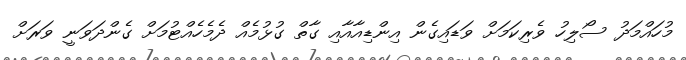
މުހައްމަދު ސޯލިހު ވެރިކަމަށް ވަޑައިގެން އިންޑިއާއާއި ގާތް ގުޅުމެއް ދެމެހެއްޓުމަށް ގެންދަވަނީ ވަރަށް